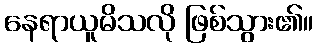
နေရာယူမိသလို ဖြစ်သွား၏။